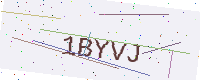
Text: 1BYVJ